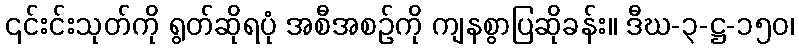
၎င်းင်းသုတ်ကို ရွတ်ဆိုရပုံ အစီအစဉ်ကို ကျနစွာပြဆိုခန်း။ ဒီဃ-၃-ဋ္ဌ-၁၅၀၊